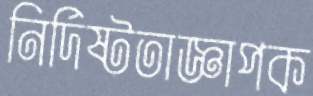
নির্দিষ্টতাজ্ঞাপক